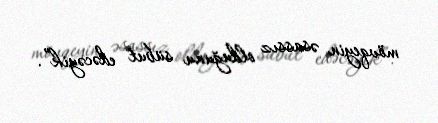
mövqeyin əsassız olduğunu sübut edəcəyik”.